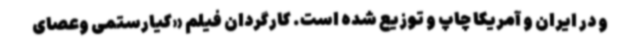
و در ایران و آمریکا چاپ و توزیع شده است. کارگردان فیلم «کیارستمی وعصای